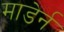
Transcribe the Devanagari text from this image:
माडेर्न